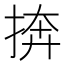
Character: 捹